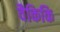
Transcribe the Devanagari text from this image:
वैकिकि